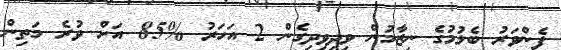
ފެންވަރު ބެލުމުގެ ނިޒާމުން ވިދިވިދިގެން 2 އަހަރު %85 އަށް ވުރެ މަތިން